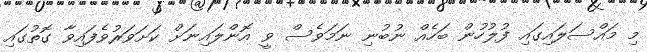
މި މައްސަލައިގައި ފުލުހުން ބަހެއް ނުބުނި ނަމަވެސް ވީ އޮންލައިނަށް ކަށަވަރުވެފައިވާ ގޮތުގައި